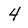
Character: 4